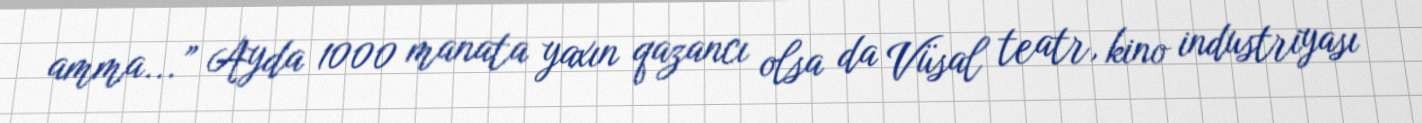
amma...” Ayda 1000 manata yaxın qazancı olsa da Vüsal teatr, kino industriyası